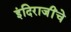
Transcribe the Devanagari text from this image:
इंदिराजींचे